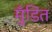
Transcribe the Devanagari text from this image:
मुँडित